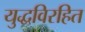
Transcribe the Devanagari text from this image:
युद्धविरहित